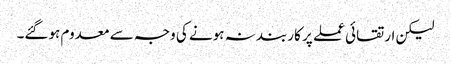
لیکن ارتقائی عملے پر کاربند نہ ہونے کی وجہ سے معدوم ہوگئے۔